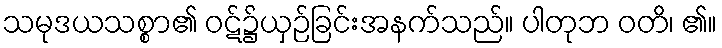
သမုဒယသစ္စာ၏ ဝဋ်၌ယှဉ်ခြင်းအနက်သည်။ ပါတုဘ ဝတိ၊ ၏။